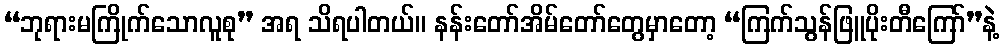
“ဘုရားမကြိုက်သောလူစု” အရ သိရပါတယ်။ နန်းတော်အိမ်တော်တွေမှာတော့ “ကြက်သွန်ဖြူပိုးတီကြော်”နဲ့